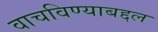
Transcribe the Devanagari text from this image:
वाचविण्याबद्दल